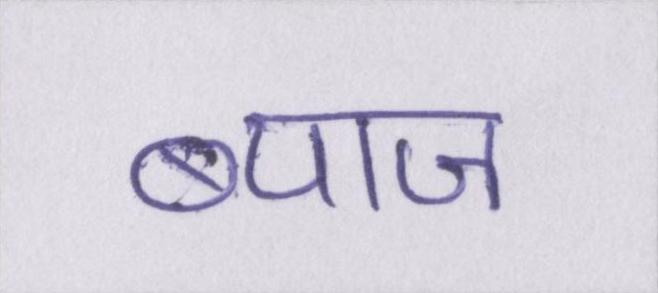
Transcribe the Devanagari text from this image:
ब्याज